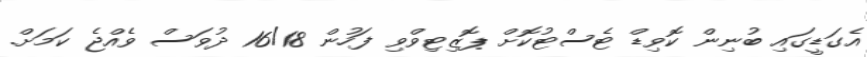
އެގަޑީގައި ބުނިން ކޮވިޑް ޓެސްޓުކޮށް ޕޮޒިޓިވްވި ފަހުން 16/18 ދުވަސް ވެއްޖެ ކަމަށް.